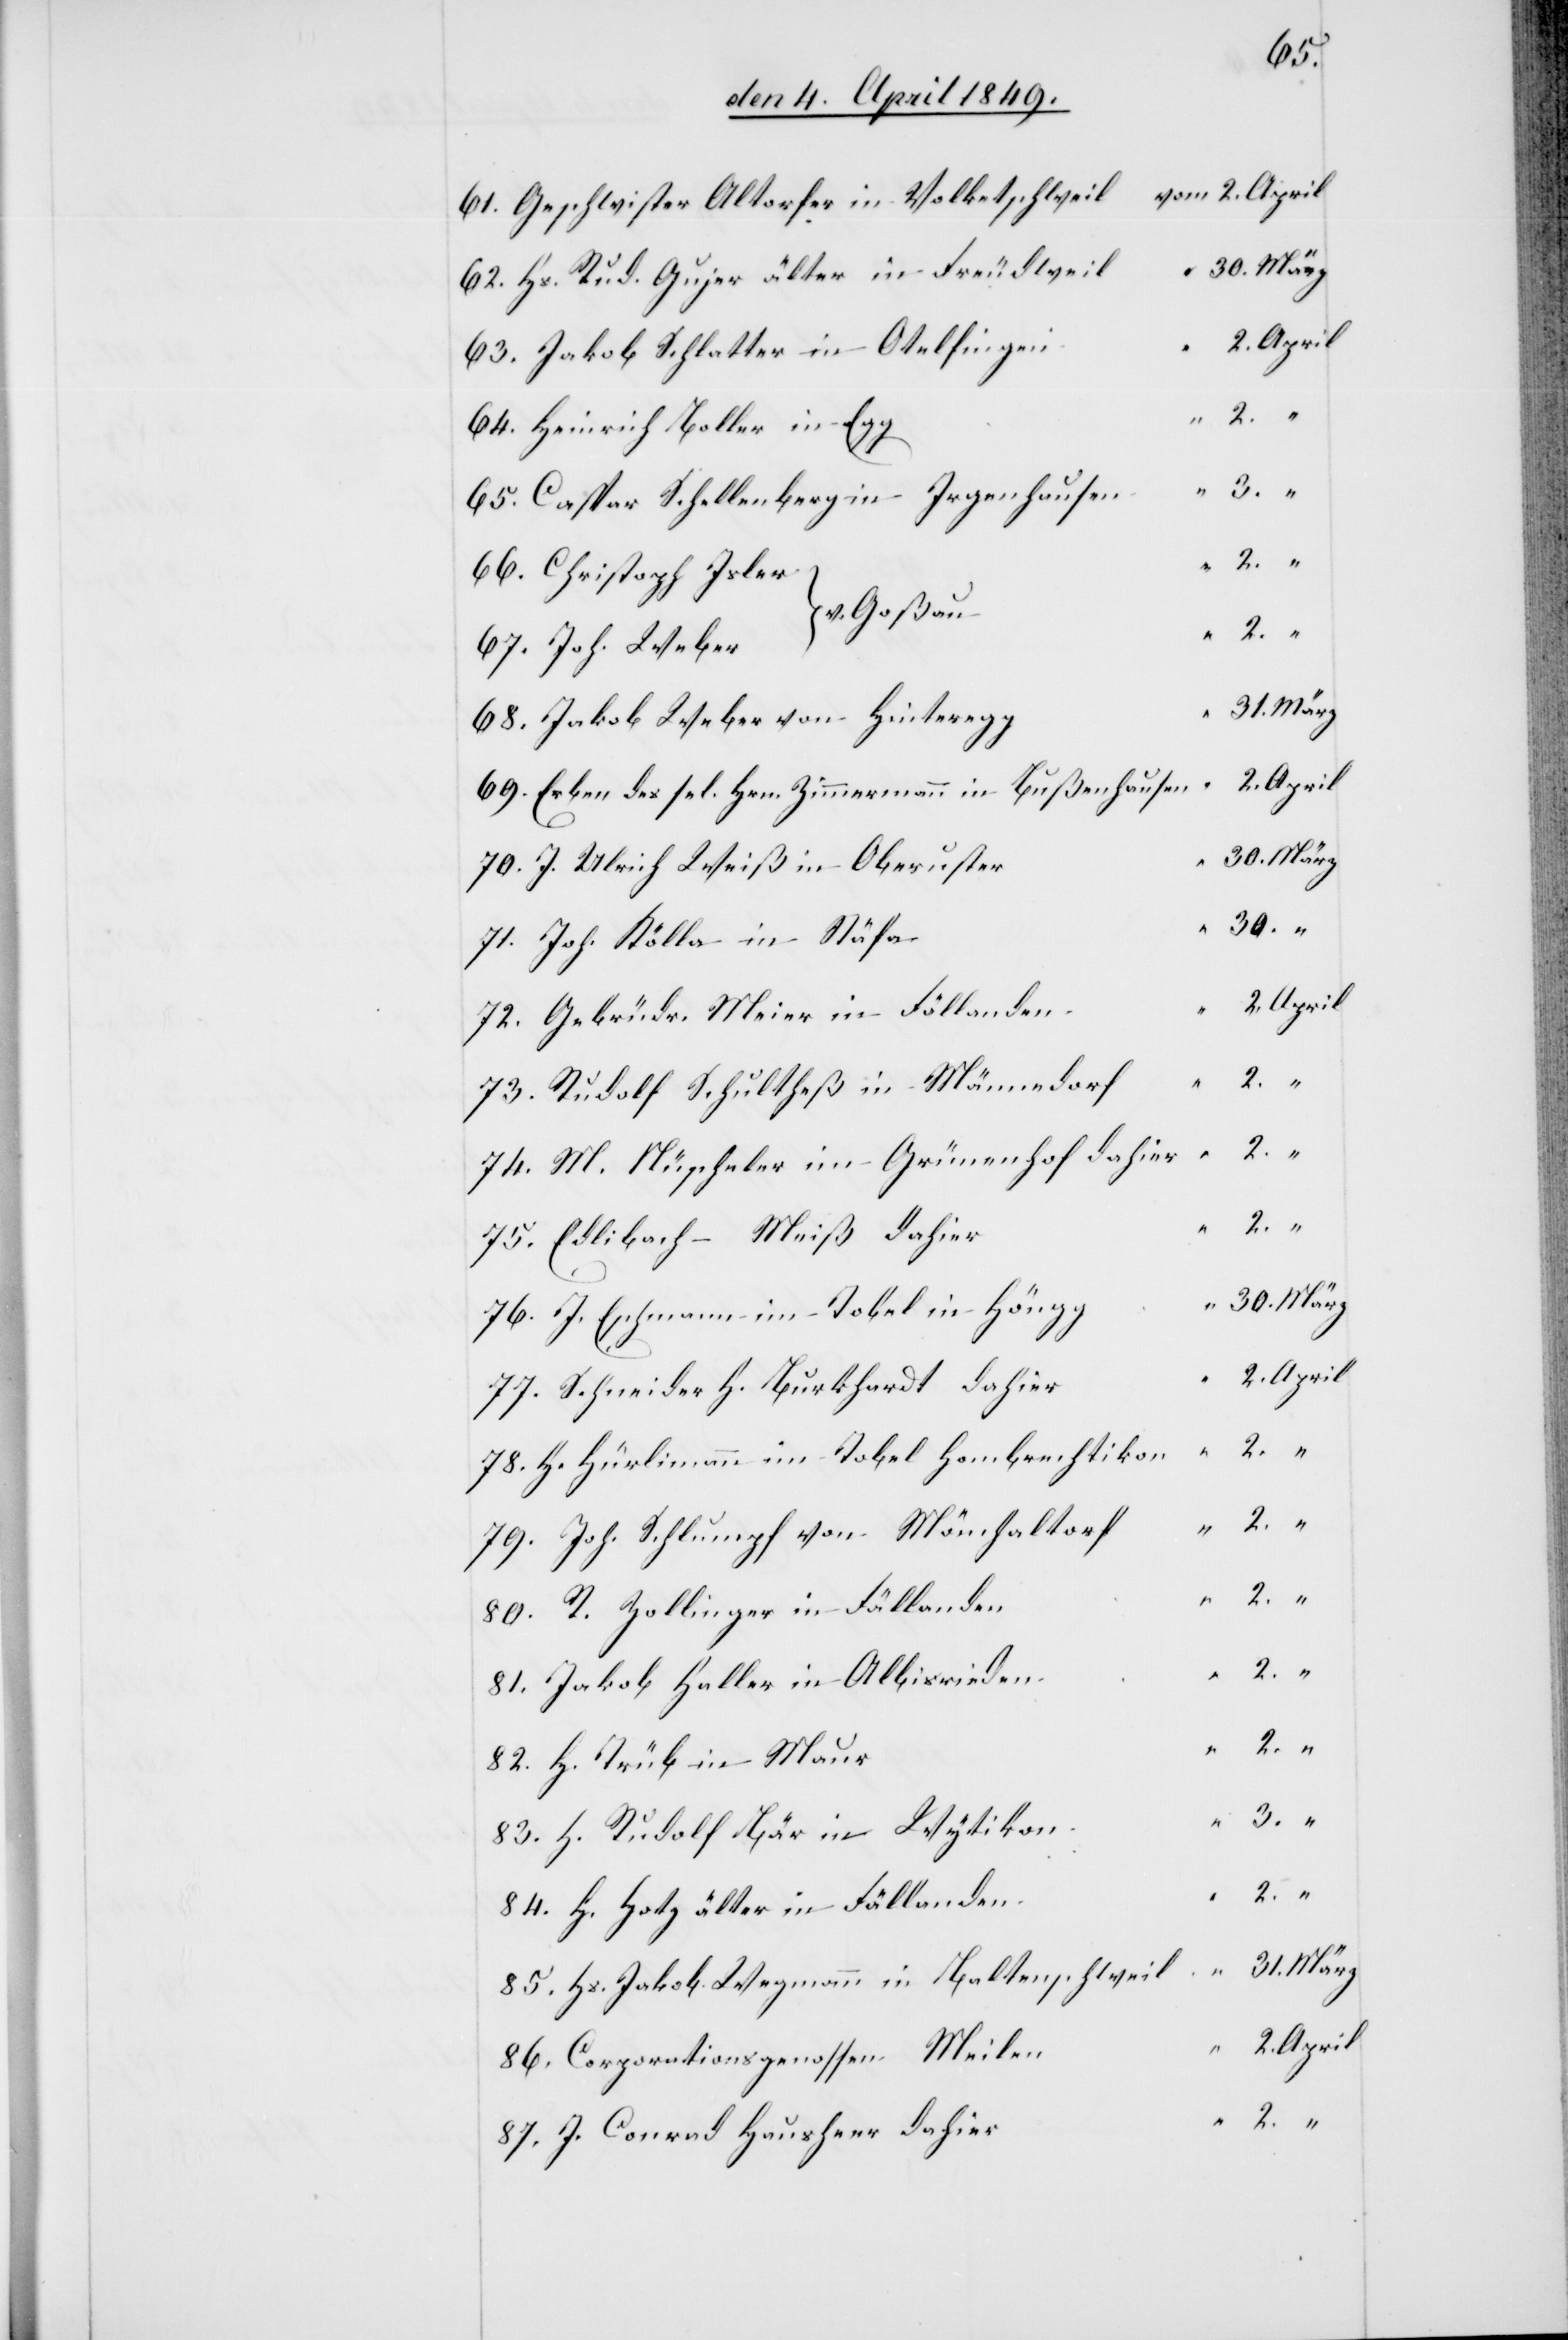
61. Geschwister Altorfer in Volketschwei¬
62. Hs. Rud. Gujer älter in Freudwei¬
63. Jakob Schlatter in Otelfinge¬
64. Heinrich Boller in
65. Caspar Schellenberg in Irgenhause¬
67. Joh. Webe¬
68. Jakob Weber von Hintereg¬
69. Erben des sel. Hrn. Zimmermann in Bußenhause¬
70. J. Ulrich Weiß in Oberuste¬
72. Gebrüder Meier in Fällande¬
73. Rudolf Schultheß in Männedor¬
74. M. Nüscheler im Grünenhof dahie¬
76. J. Eschmann im Tobel in Höng¬
77. Schneider H. Burkhardt dahie¬
78. H. Hürlimann im Tobel Hombrechtiko¬
79. Joh. Schlumpf von Mönchaltor¬
80. R. Zollinger in Fällande¬
81. Jakob Haller in Albisriede¬
83. H. Rudolf Bär in Wytiko¬
84. H. Hotz älter in Fällande¬
85. Hs. Jakob Wegmann in Baltenschwei¬
86. Corporationsgenossen Meile¬
87. J. Conrad Hausherr dahie¬

82.
H.

in

Joh.
r	“	2.	April
r	“	2.		“
l	“	31.	März
g	“	30.	März
n	“	2.	April
m	2.	April

75.